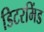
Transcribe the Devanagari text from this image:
डिटरमिंड